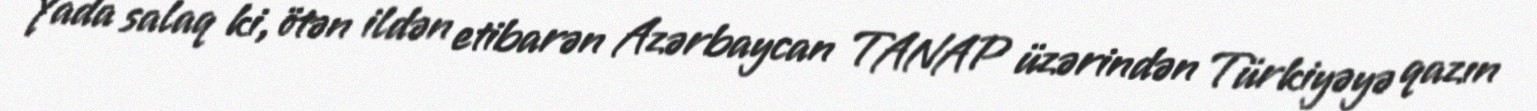
Yada salaq ki, ötən ildən etibarən Azərbaycan TANAP üzərindən Türkiyəyə qazın